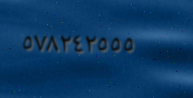
٥٧٨٢٤٢٥٥٥